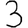
Digit: 3